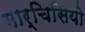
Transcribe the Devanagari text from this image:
मार्चिसियो